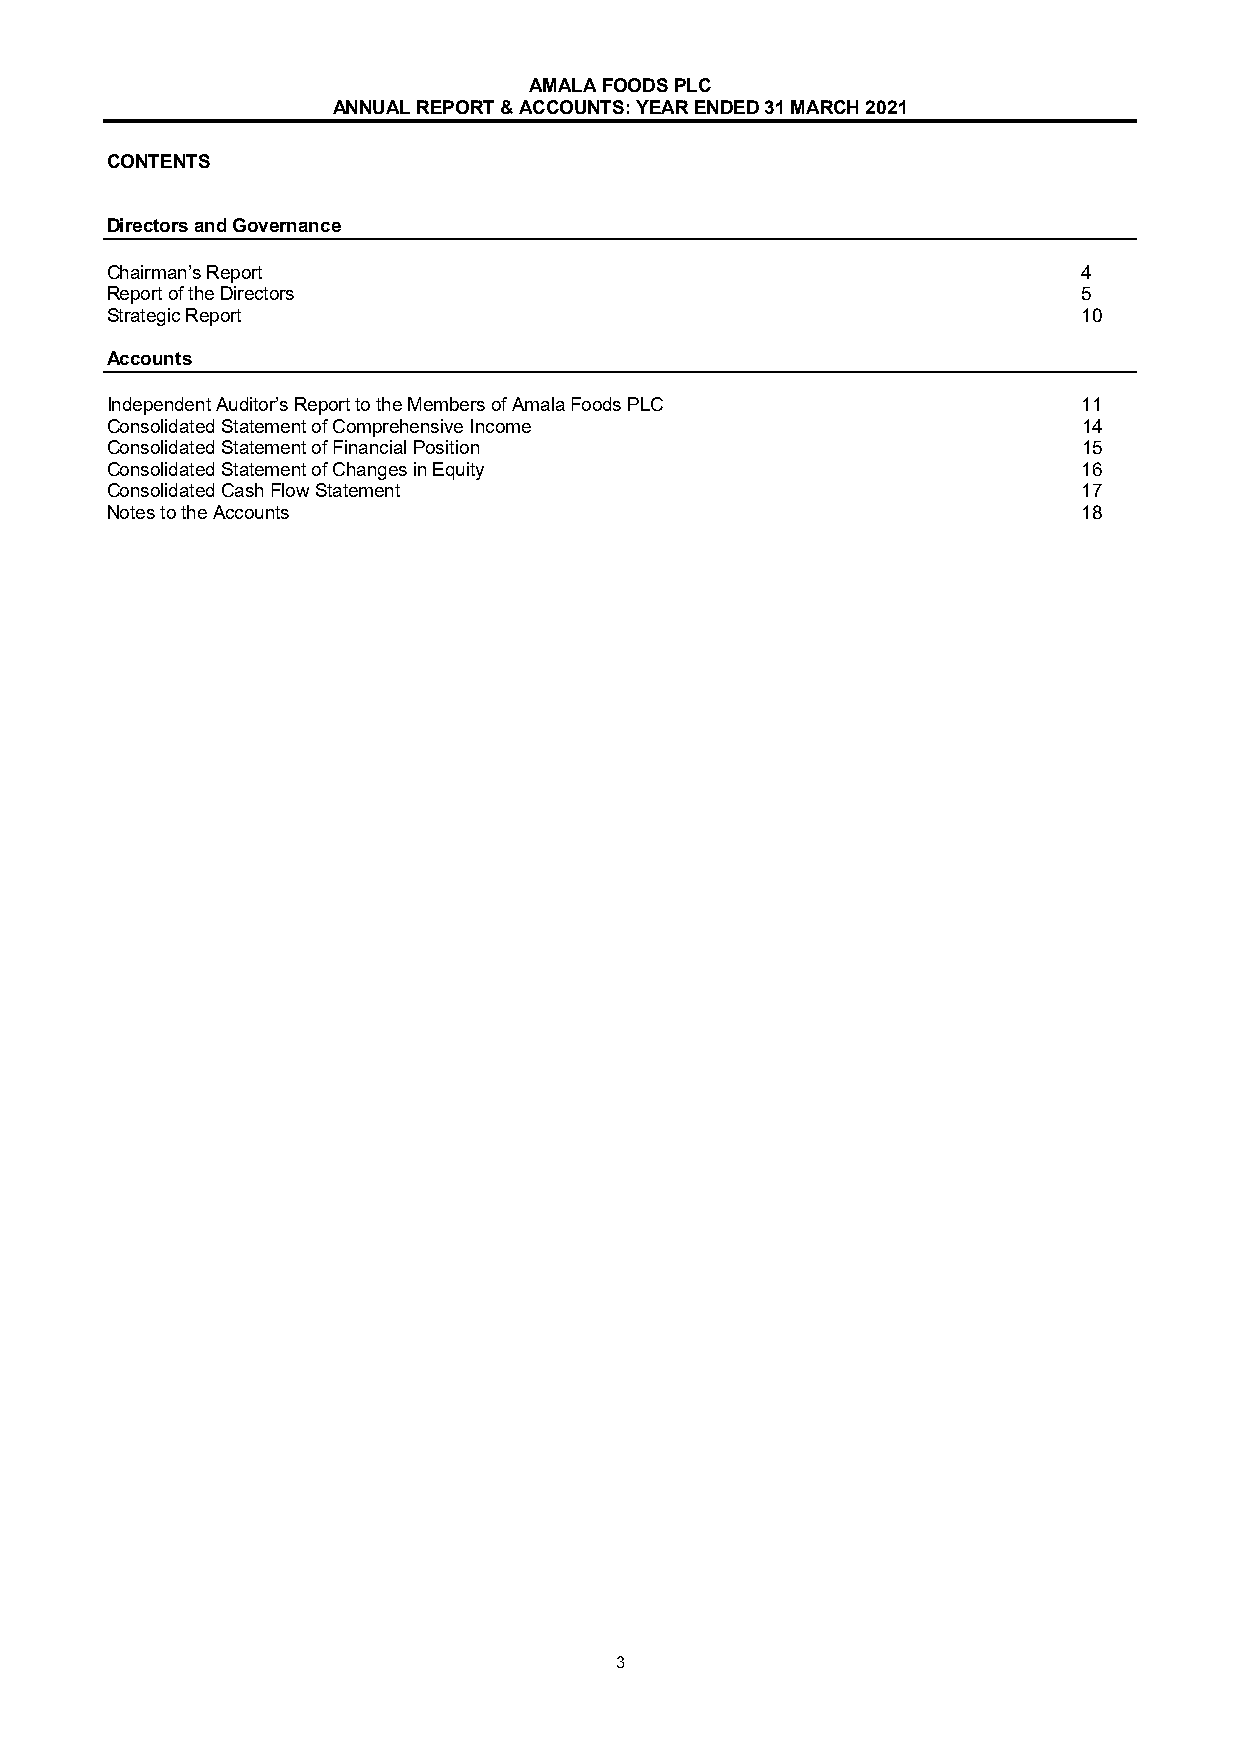
AMALA FOODS PLC
 ANNUAL REPORT & ACCOUNTS: YEAR ENDED 31 MARCH 2021
 CONTENTS
 Directors and Governance
 Chairman’s Report                                                4
 Report of the Directors                                          5
 Strategic Report                                                 10
 Accounts
 Independent Auditor’s Report to the Members of Amala Foods PLC   11
 Consolidated Statement of Comprehensive Income                   14
 Consolidated Statement of Financial Position                     15
 Consolidated Statement of Changes in Equity                      16
 Consolidated Cash Flow Statement                                 17
 Notes to the Accounts                                            18
 3